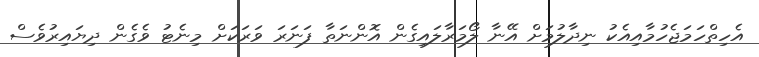
އެހިތްހަމަޖެހުމާއިއެކު ނިދާލުމަށް އޭނާ ލޯމަރާލައިގެން އޮންނަތާ ފަނަރަ ވަރަކަށް މިނެޓު ވެގެން ދިޔައިރުވެސް